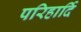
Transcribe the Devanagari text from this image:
परिहार्दि